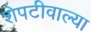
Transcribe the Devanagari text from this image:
शेपटीवाल्या